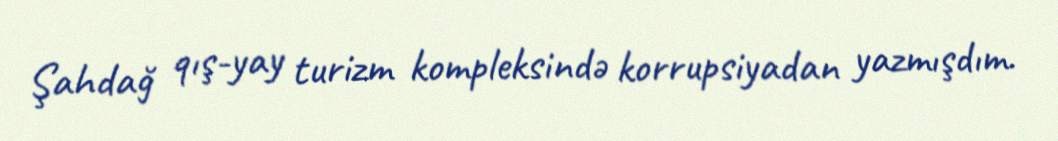
Şahdağ qış-yay turizm kompleksində korrupsiyadan yazmışdım.